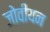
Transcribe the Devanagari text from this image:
जोवीयन